Lunatic asylums in Bengal annual reports 1912-1924 - 1912-1924
Year: 1912
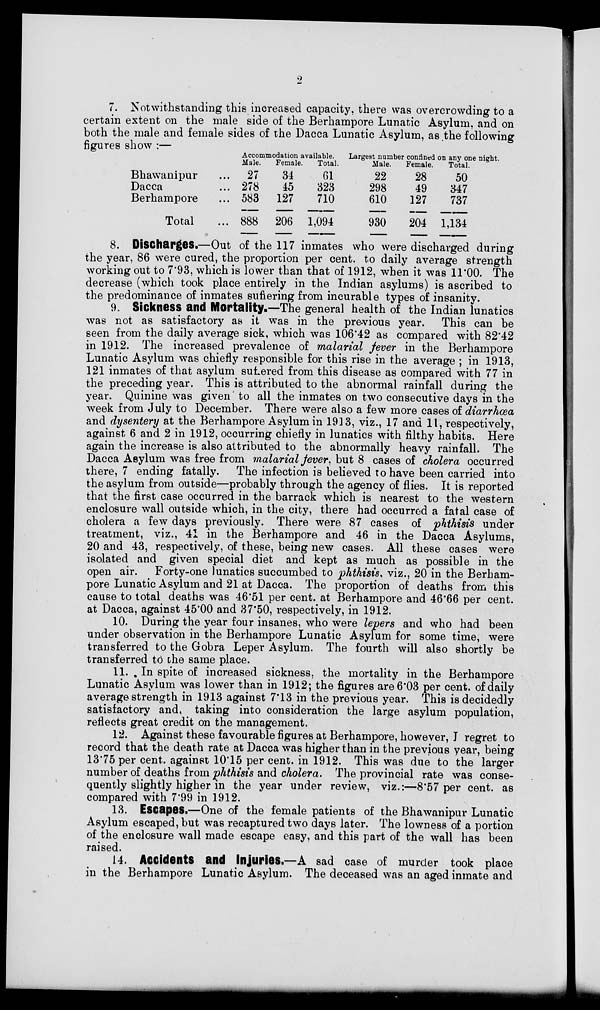
2
7. Notwithstanding this increased capacity, there was overcrowding to a
certain extent on the male side of the Berhampore Lunatic Asylum, and on
both the male and female sides of the Dacca Lunatic Asylum, as the following
figures show :—
Bhawanipur ...
Dacca ...
Berhampore ...
Total ...
Accommodation available.
Male.
27
278
583
888
Female.
34
45
127
206
Total.
61
323
710
1,094
Largest number confined on any one night
Male.
22
298
610
930
Female.
28
49
127
204
Total.
50
347
737
1,134
8. Discharges.—Out of the 117 inmates who were discharged during
the year, 86 were cured, the proportion per cent. to daily average strength
working out to 7.93, which is lower than that of 1912, when it was 11.00. The
decrease (which took place entirely in the Indian asylums) is ascribed to
the predominance of inmates suffering from incurable types of insanity.
9. Sickness and Mortality.—The general health of the Indian lunatics
was not as satisfactory as it was in the previous year. This can be
seen from the daily average sick, which was 106.42 as compared with 82.42
in 1912. The increased prevalence of malarial fever in the Berhampore
Lunatic Asylum was chiefly responsible for this rise in the average ; in 1913,
121 inmates of that asylum suffered from this disease as compared with 77 in
the preceding year. This is attributed to the abnormal rainfall during the
year. Quinine was given to all the inmates on two consecutive days in the
week from July to December. There were also a few more cases of diarrhæa
and dysentery at the Berhampore Asylum in 1913, viz., 17 and 11, respectively,
against 6 and 2 in 1912, occurring chiefly in lunatics with filthy habits. Here
again the increase is also attributed to the abnormally heavy rainfall. The
Dacca Asylum was free from malarial fever, but 8 cases of cholera occurred
there, 7 ending fatally. The infection is believed to have been carried into
the asylum from outside—probably through the agency of flies. It is reported
that the first case occurred in the barrack which is nearest to the western
enclosure wall outside which, in the city, there had occurred a fatal case of
cholera a few days previously. There were 87 cases of phthisis under
treatment, viz., 41 in the Berhampore and 46 in the Dacca Asylums,
20 and 43, respectively, of these, being new cases. All these cases were
isolated and given special diet and kept as much as possible in the
open air. Forty-one lunatics succumbed to phthisis, viz., 20 in the Berham-
pore Lunatic Asylum and 21 at Dacca. The proportion of deaths from this
cause to total deaths was 46.51 per cent. at Berhampore and 46.66 per cent.
at Dacca, against 45.00 and 37.50, respectively, in 1912.
10. During the year four insanes, who were lepers and who had been
under observation in the Berhampore Lunatic Asylum for some time, were
transferred to the Gobra Leper Asylum. The fourth will also shortly be
transferred to the same place.
11. In spite of increased sickness, the mortality in the Berhampore
Lunatic Asylum was lower than in 1912; the figures are 6.03 per cent. of daily
average strength in 1913 against 7.13 in the previous year. This is decidedly
satisfactory and, taking into consideration the large asylum population,
reflects great credit on the management.
12. Against these favourable figures at Berhampore, however, I regret to
record that the death rate at Dacca was higher than in the previous year, being
13.75 per cent. against 10.15 per cent. in 1912. This was due to the larger
number of deaths from phthisis and cholera. The provincial rate was conse-
quently slightly higher in the year under review, viz.:—8.57 per cent. as
compared with 7.99 in 1912.
13. Escapes.—One of the female patients of the Bhawanipur Lunatic
Asylum escaped, but was recaptured two days later. The lowness of a portion
of the enclosure wall made escape easy, and this part of the wall has been
raised.
14. Accidents and Injuries.—A sad case of murder took place
in the Berhampore Lunatic Asylum. The deceased was an aged inmate and